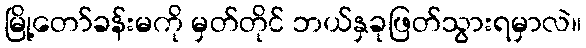
မြို့တော်ခန်းမကို မှတ်တိုင် ဘယ်နှခုဖြတ်သွားရမှာလဲ။